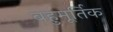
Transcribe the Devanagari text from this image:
बहुमूर्तिक